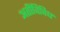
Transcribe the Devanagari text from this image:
अतीविविध